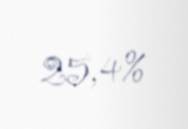
25,4%